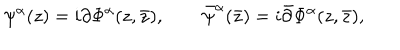
LaTeX: \psi ^ { \alpha } ( z ) = i \partial \Phi ^ { \alpha } ( z , \bar { z } ) , \qquad \bar { \psi } ^ { \alpha } ( \bar { z } ) = i \bar { \partial } \Phi ^ { \alpha } ( z , \bar { z } ) ,